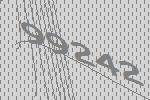
99242